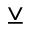
\veebar